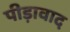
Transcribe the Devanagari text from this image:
पीड़ावाद